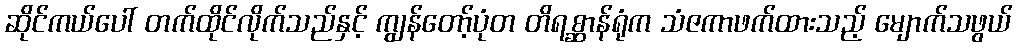
ဆိုင်ကယ်ပေါ် တက်ထိုင်လိုက်သည်နှင့် ကျွန်တော့်ပုံတ တိရစ္ဆာန်ရုံက သံဇကာဖက်ထားသည့် မျောက်သဖွယ်